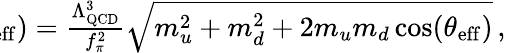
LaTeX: \begin{array}{r}{\! \! \! \! \! \! \! \! \! \! \! \! \! \! \! m_{\pi}^{2}(\theta_{\mathrm{eff}})=\frac{\Lambda_{\mathrm{QCD}}^{3}}{f_{\pi}^{2}}\sqrt{m_{u}^{2}+m_{d}^{2}+2m_{u}m_{d}\cos(\theta_{\mathrm{eff}})}\, ,}\end{array}